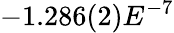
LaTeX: -1.286(2)E^{-7}